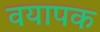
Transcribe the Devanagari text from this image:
वयापक